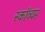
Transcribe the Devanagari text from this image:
स्काॅव्यर